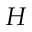
\cal H